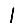
Digit: 1